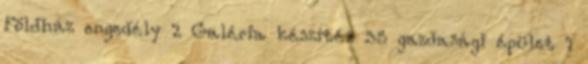
Földház engedély 2 Galéria készítés 35 gazdasági épület 1